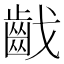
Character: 𪗠